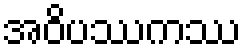
အဝိပဿကဿ